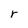
Character: r